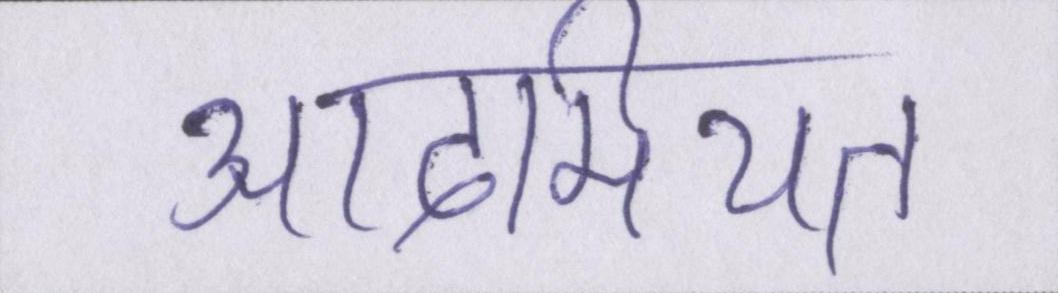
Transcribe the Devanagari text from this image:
आदमियत